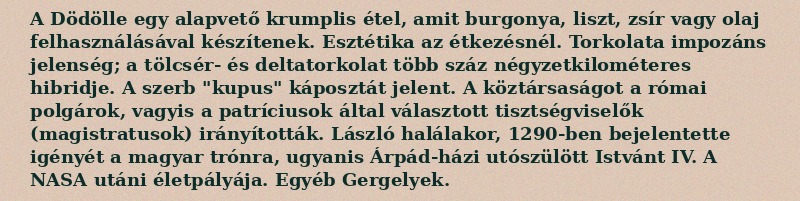
A Dödölle egy alapvető krumplis étel, amit burgonya, liszt, zsír vagy olaj felhasználásával készítenek. Esztétika az étkezésnél. Torkolata impozáns jelenség; a tölcsér- és deltatorkolat több száz négyzetkilométeres hibridje. A szerb "kupus" káposztát jelent. A köztársaságot a római polgárok, vagyis a patríciusok által választott tisztségviselők (magistratusok) irányították. László halálakor, 1290-ben bejelentette igényét a magyar trónra, ugyanis Árpád-házi utószülött Istvánt IV. A NASA utáni életpályája. Egyéb Gergelyek.